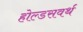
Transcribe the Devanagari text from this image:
होल्डसवर्थ